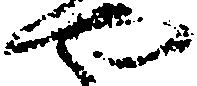
や